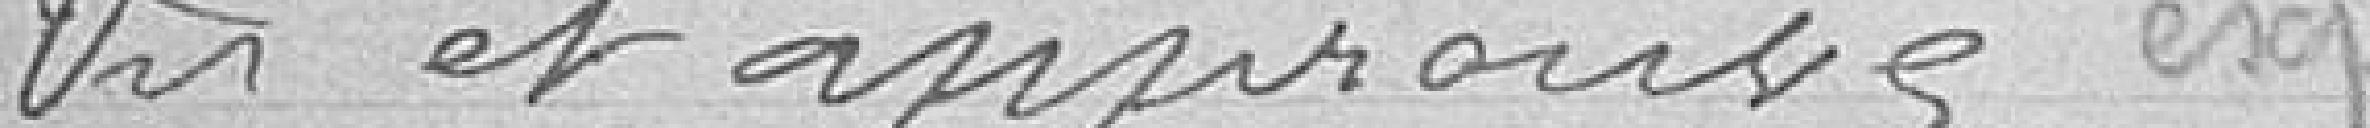
Vus et approuvés